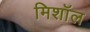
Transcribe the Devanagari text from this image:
मिशॉल